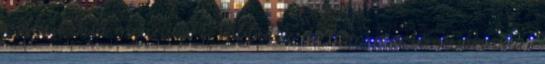
nélkül tud menni sőt többet is de nem mertem,városban